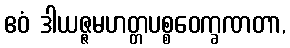
ဧဝံ ဒါယဇ္ဇမဟတ္တပစ္စဝေက္ခဏတာ,